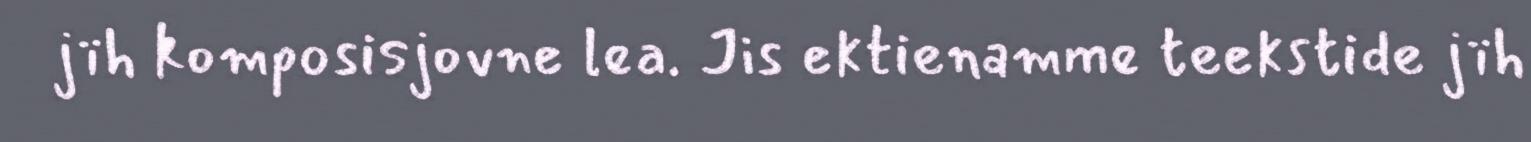
jïh komposisjovne lea. Jis ektienamme teekstide jïh